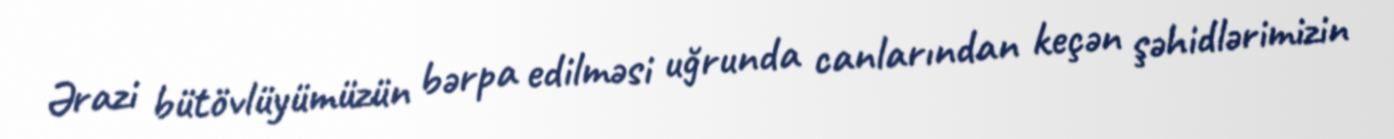
Ərazi bütövlüyümüzün bərpa edilməsi uğrunda canlarından keçən şəhidlərimizin